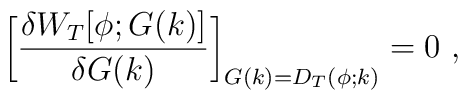
\biggl[{\delta W_T[\phi;G(k)] \over \delta G(k)}\biggr]_{G(k)=D_T(\phi;k)}= 0~,